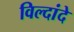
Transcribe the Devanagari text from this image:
विल्दांदे